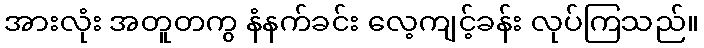
အားလုံး အတူတကွ နံနက်ခင်း လေ့ကျင့်ခန်း လုပ်ကြသည်။